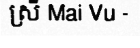
ស្រី Mai Vu -